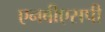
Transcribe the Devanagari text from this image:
एनबीएसपी